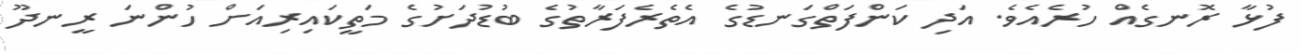
ފުޅާ ރޮނގެއް ހުރެއެވެ. އަދި ކަންފަތްގަނޑުގެ އެތެރެފަރާތުގެ ބުޑުދަށުގެ މަތީކައިރިއަށް ހުންނަ ރީނދޫ